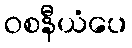
ဝစနီယံပေ